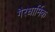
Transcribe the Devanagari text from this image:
गैरधार्मिक